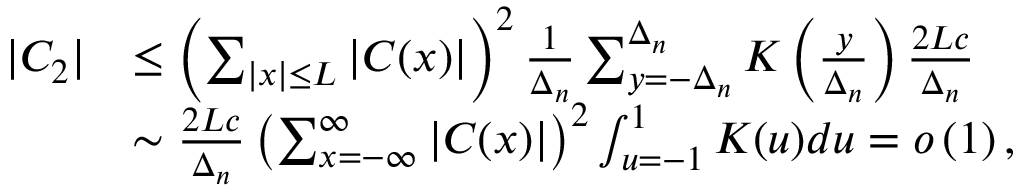
\begin{array} { r l } { | C _ { 2 } | } & { \le \left( \sum _ { | x | \le L } | C ( x ) | \right) ^ { 2 } \frac { 1 } { \Delta _ { n } } \sum _ { y = - \Delta _ { n } } ^ { \Delta _ { n } } K \left( \frac { y } { \Delta _ { n } } \right) \frac { 2 L c } { \Delta _ { n } } } \\ & { \sim \frac { 2 L c } { \Delta _ { n } } \left( \sum _ { x = - \infty } ^ { \infty } | C ( x ) | \right) ^ { 2 } \int _ { u = - 1 } ^ { 1 } K ( u ) d u = o \left( 1 \right) , } \end{array}